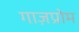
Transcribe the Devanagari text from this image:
गाज़प्रोम